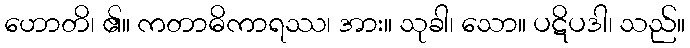
ဟောတိ၊ ၏။ ကတာဓိကာရဿ၊ အား။ သုခါ၊ သော။ ပဋိပဒါ၊ သည်။